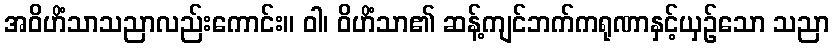
အဝိဟိံသာသညာလည်းကောင်း။ ဝါ၊ ဝိဟိံသာ၏ ဆန့်ကျင်ဘက်ကရုဏာနှင့်ယှဉ်သော သညာ